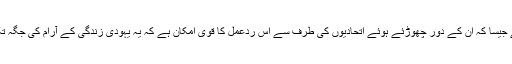
خاص طور پر فلسطینیوں اور اسلامسٹوں کی طرف سے جیسا کہ ان کے دور چھوڑئے ہوئے اتحادیوں کی طرف سے اس ردعمل کا قوی امکان ہے کہ یہ یہودی زندگی کے آرام کی جگہ تک اسرائیل اور امریکہ تک ہجرت میں اضافہ کرئے گا۔